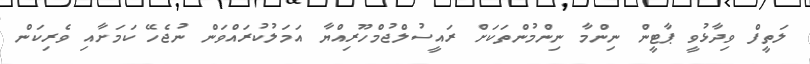
ލަތީފް ވިދާޅުވީ ޕާޓީން ނިންމާ ނިންމުންތަކަށް ރައީސުލްޖުމްހޫރިއްޔާ އަމަލުކުރައްވަން ނުޖެހޭ ކަމަށާއި ވެރިކަން